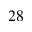
^ { 2 8 }